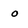
Character: 0